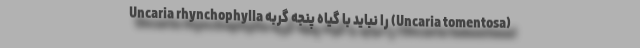
Uncaria rhynchophylla را نباید با گیاه پنجه گربه (Uncaria tomentosa)